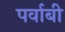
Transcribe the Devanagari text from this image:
पर्वाबी